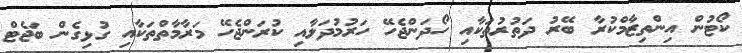
ކޯޓުން އިންތިޒާމްކުރާ ބޭރު ދަތުރުތަކާއި ހޯދަންޖެހޭ ހަރުމުދަލާއި ކުރަންޖެހޭ މަރާމާތްތަކާއި ގުޅިގެން ބަޖެޓް